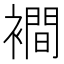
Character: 襇